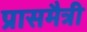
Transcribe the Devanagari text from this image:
प्रासमैत्री